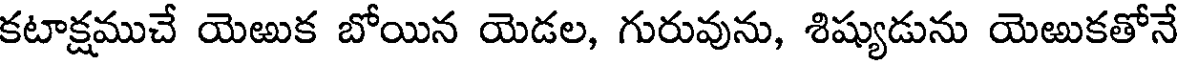
కటాక్షముచే యెఱుక బోయిన యెడల, గురువును, శిష్యుడును యెఱుకతోనే